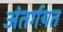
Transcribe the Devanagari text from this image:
अंतर्गयत